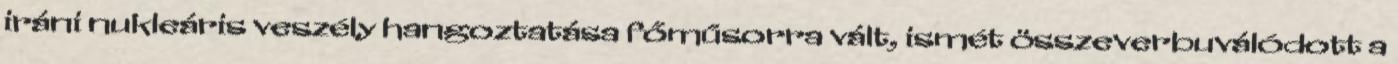
iráni nukleáris veszély hangoztatása főműsorra vált, ismét összeverbuválódott a